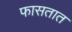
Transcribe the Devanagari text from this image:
फासतात